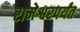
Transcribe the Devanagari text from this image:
रामेश्वरपर्यंत